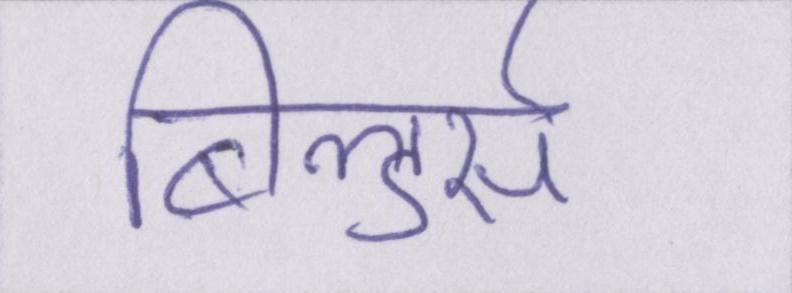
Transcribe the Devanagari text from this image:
बिल्डर्स